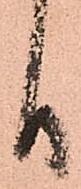
日